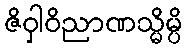
ဇိဝှါဝိညာဏသ္မိမ္ပိ